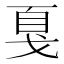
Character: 戛